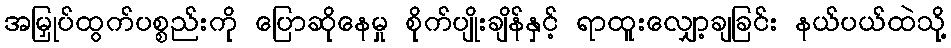
အမြှုပ်ထွက်ပစ္စည်းကို ပြောဆိုနေမှု စိုက်ပျိုးချိန်နှင့် ရာထူးလျှော့ချခြင်း နယ်ပယ်ထဲသို့